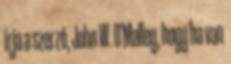
írja a szerző, John W. O'Malley, hogy ha van